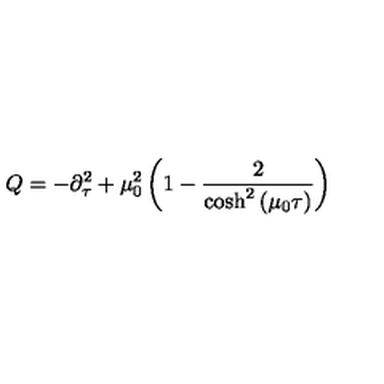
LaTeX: Q = - \partial _ { \tau } ^ { 2 } + \mu _ { 0 } ^ { 2 } \left( 1 - \frac { 2 } { \cosh ^ { 2 } \left( \mu _ { 0 } \tau \right) } \right)